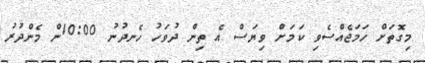
މިގޮތަށް ހަމަޖެއްސެވި ކަމަށް ވިޔަސް އެ ތިން ދުވަހު ހެނދުނު 10:00ން މެންދުރު